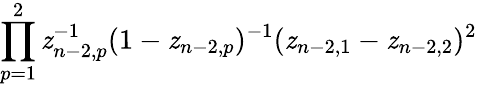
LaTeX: \prod_{p=1}^{2}\mathit{z}_{n-2,p}^{-1}(1-\mathit{z}_{n-2,p})^{-1}(\mathit{z}_{n-2,1}-\mathit{z}_{n-2,2})^{2}